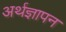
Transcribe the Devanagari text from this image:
अर्थज्ञापन